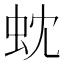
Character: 𮓻